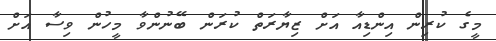
މީގެ ކުރިން އިންޑިއާ އަށް ޒިޔާރަތް ކުރަން ބޭނުންވާ މީހުން ވިސާ އަށް